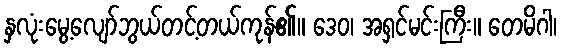
နှလုံးမွေ့လျော်ဘွယ်တင့်တယ်ကုန်၏။ ဒေဝ၊ အရှင်မင်းကြီး။ တေမိဂါ၊